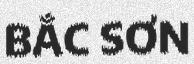
BẮC SƠN